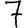
Digit: 7